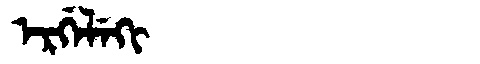
Manchu: ᡝᡵᡤᡝᠯᡝᡴᡳ
Romanization: ERGELEKI